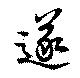
遂